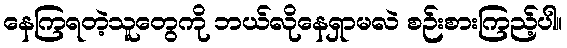
နေကြရတဲ့သူတွေကို ဘယ်လိုနေရှာမလဲ စဉ်းစားကြည့်ပါ။